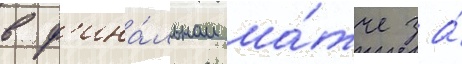
в ф'ина́льном ма́тче за́